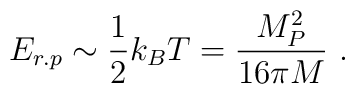
E_{r.p} \sim \frac{1}{2}k_{B}T = \frac{M_{P}^{2}}{16\pi M} ~.